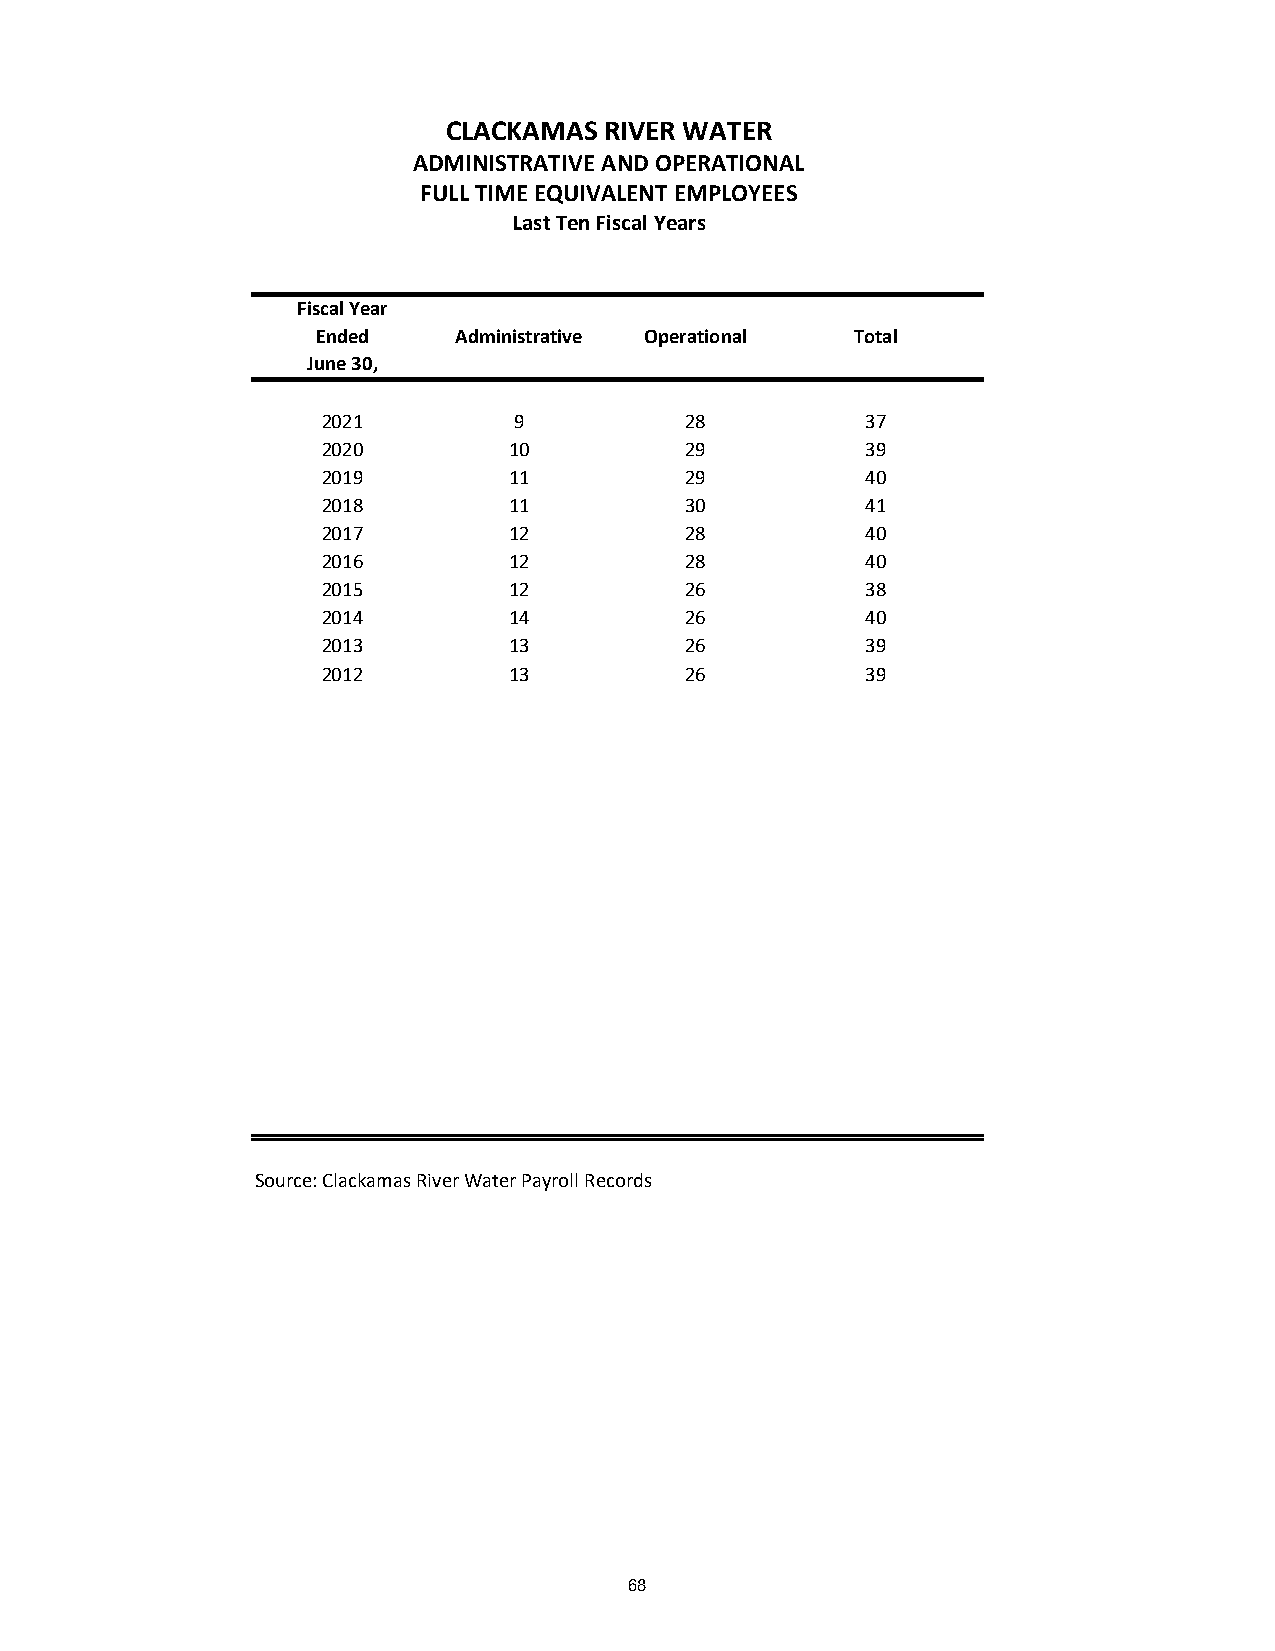
CLACKAMAS RIVER WATER
 ADMINISTRATIVE AND OPERATIONAL
 FULL TIME EQUIVALENT EMPLOYEES
 Last Ten Fiscal Years
 Fiscal Year
 Ended    Administrative Operational Total
 June 30,
 2021         9          28          37
 2020         10         29          39
 2019         11         29          40
 2018         11         30          41
 2017         12         28          40
 2016         12         28          40
 2015         12         26          38
 2014         14         26          40
 2013         13         26          39
 2012         13         26          39
 Source: Clackamas River Water Payroll Records
 68